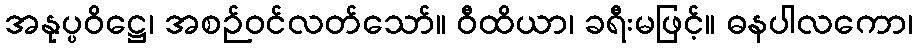
အနုပ္ပဝိဋ္ဌေ၊ အစဉ်ဝင်လတ်သော်။ ဝီထိယာ၊ ခရီးမဖြင့်။ ဓနပါလကော၊